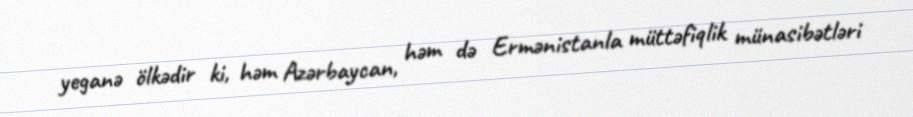
yeganə ölkədir ki, həm Azərbaycan, həm də Ermənistanla müttəfiqlik münasibətləri